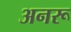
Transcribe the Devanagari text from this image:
अनरू